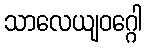
သာလေယျဝဂ္ဂေါ